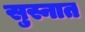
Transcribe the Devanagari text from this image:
सुस्नात